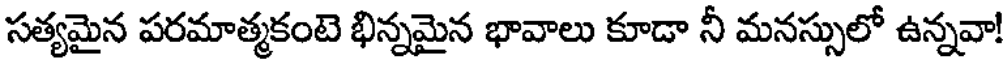
సత్యమైన పరమాత్మకంటె భిన్నమైన భావాలు కూడా నీ మనస్సులో ఉన్నవా!